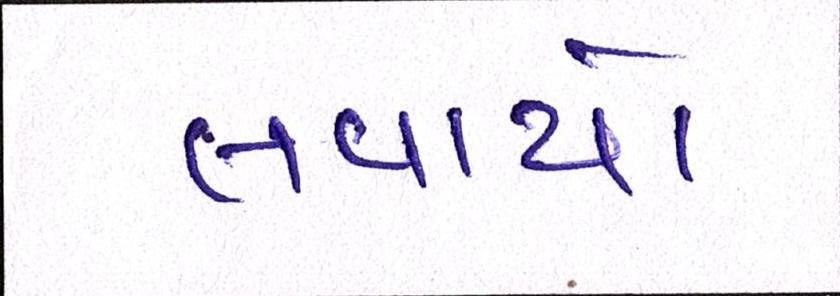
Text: લવાયો